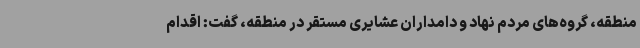
منطقه، گروه‌های مردم نهاد و دامداران عشایری مستقر در منطقه، گفت: اقدام